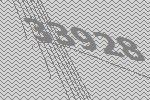
33928